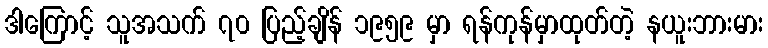
ဒါကြောင့် သူအသက် ၇၀ ပြည့်ချိန် ၁၉၅၉ မှာ ရန်ကုန်မှာထုတ်တဲ့ နယူးဘားမား